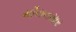
મીલનસાર